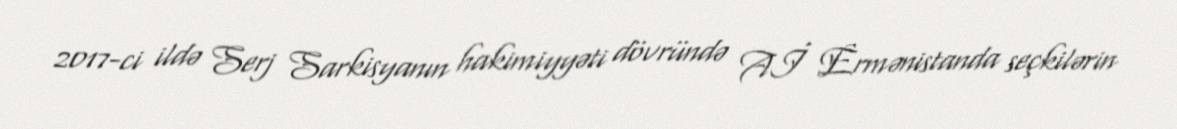
2017-ci ildə Serj Sarkisyanın hakimiyyəti dövründə Aİ Ermənistanda seçkilərin